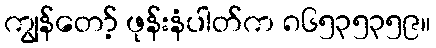
ကျွန်တော့် ဖုန်းနံပါတ်က ၈၆၅၃၅၃၅၉။